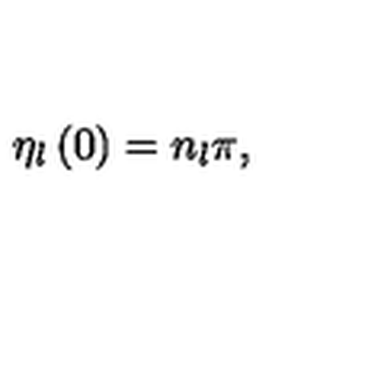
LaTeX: \eta _ { l } \left( 0 \right) = n _ { l } \pi ,